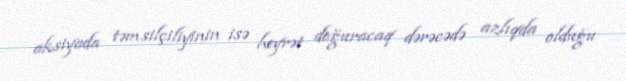
aksiyada təmsilçiliyinin isə heyrət doğuracaq dərəcədə azlıqda olduğu